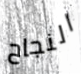
النجاح